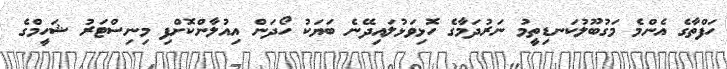
ހަފްތާގެ އެންމެ މަގުބޫލުކަނޑިތީމު ނަރުދަމާގެ ހޮޅިވަޅުލައިދޭނެ ބަޔަކު ހޯދަން އިއުލާންކޮށްފި މިނިސްޓަރު ޝަހީމްގެ